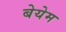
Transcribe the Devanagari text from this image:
बेयेम